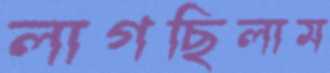
লাগছিলাম